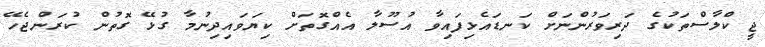
ޖީ ކްލާސްތަކުގެ ދަރިވަރުންނަށް ކަނޑައެޅިފައިވާ އުސޫލާ އެއްގޮތަށް ކިޔަވައިދިނުމާ ގުޅޭ ގޮތުން ކުރަންޖެހޭ